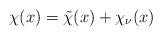
\begin{align*}\chi(x)=\tilde{\chi}(x)+\chi_{\nu}(x)\end{align*}